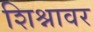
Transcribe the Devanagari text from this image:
शिश्नावर